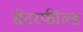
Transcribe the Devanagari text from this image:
सेटरफील्ड